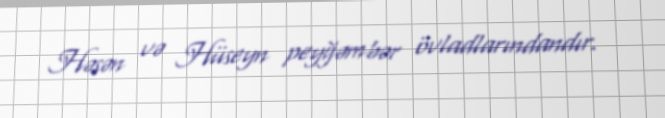
Həsən və Hüseyn peyğəmbər övladlarındandır.